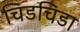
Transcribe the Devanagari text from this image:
चिडचिडा